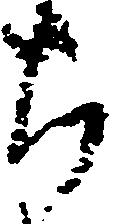
ち